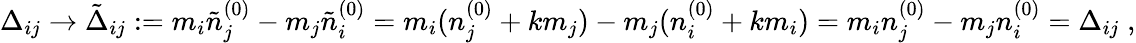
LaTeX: \Delta_{ij}\to\tilde{\Delta}_{ij}:=m_{i}\tilde{n}_{j}^{(0)}-m_{j}\tilde{n}_{i}^{(0)}=m_{i}(n_{j}^{(0)}+km_{j})-m_{j}(n_{i}^{(0)}+km_{i})=m_{i}n_{j}^{(0)}-m_{j}n_{i}^{(0)}=\Delta_{ij}\; ,